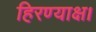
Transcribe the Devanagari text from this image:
हिरण्याक्ष।